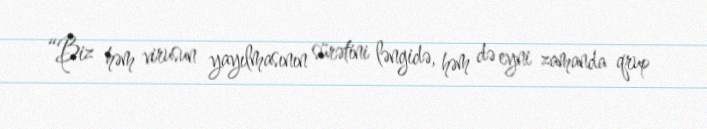
“Biz həm virusun yayılmasının sürətini ləngidə, həm də eyni zamanda qrup